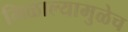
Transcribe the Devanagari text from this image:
मिळाल्यामुळेच